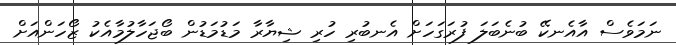
ނަމަވެސް އާއެނކޭ ބުނެބަލަ ފުރަގަހަށް އެނބުރި ހުރި ޝިޔާރާ މަޑުމަޑުން ބޯޖަހާލުމާއެކު ޒޯހަންއަށް